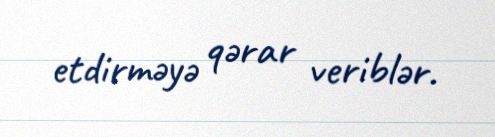
etdirməyə qərar veriblər.